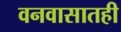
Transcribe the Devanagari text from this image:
वनवासातही